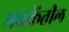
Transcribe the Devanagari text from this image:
मक्केंतील